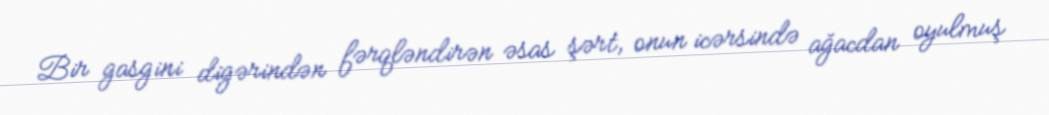
Bir gasgini digərindən fərqləndirən əsas şərt, onun icərsində ağacdan oyulmuş